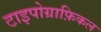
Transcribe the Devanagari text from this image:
टाइपोग्राफ़िकल